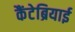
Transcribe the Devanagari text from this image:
कैंटेब्रियाई